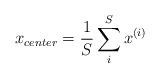
LaTeX: \begin{align*}x_{center}=\frac 1S\sum\limits_i^Sx^{(i)} \end{align*}